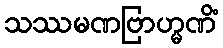
သဿမဏဗြာဟ္မဏိံ